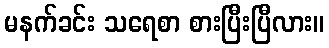
မနက်ခင်း သရေစာ စားပြီးပြီလား။